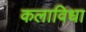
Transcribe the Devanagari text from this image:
कलाविधा